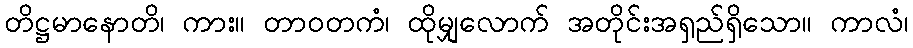
တိဋ္ဌမာနောတိ၊ ကား။ တာဝတကံ၊ ထိုမျှလောက် အတိုင်းအရှည်ရှိသော။ ကာလံ၊